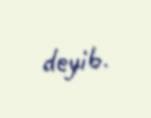
deyib.